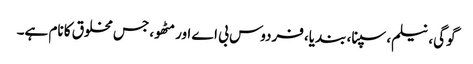
گوگی، نیلم، سپنا، بندیا، فردوس بی اے اور مٹھو، جس مخلوق کا نام ہے۔